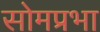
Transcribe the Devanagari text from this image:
सोमप्रभा